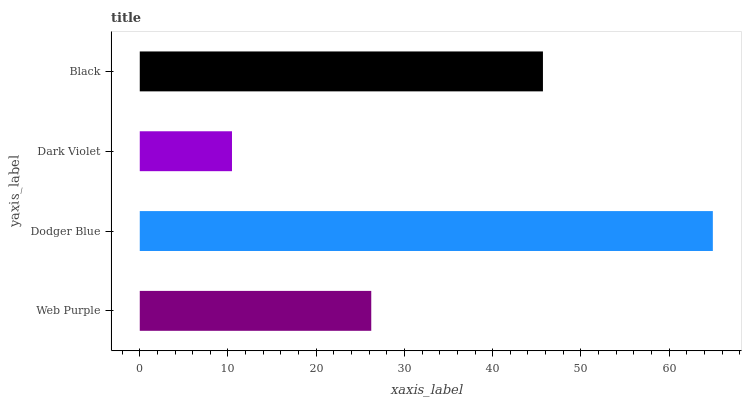
| yaxis_label | bars |
 | --- | --- |
 | Web Purple | 26.2 |
 | Dodger Blue | 65 |
 | Dark Violet | 10.5 |
 | Black | 45.7 |